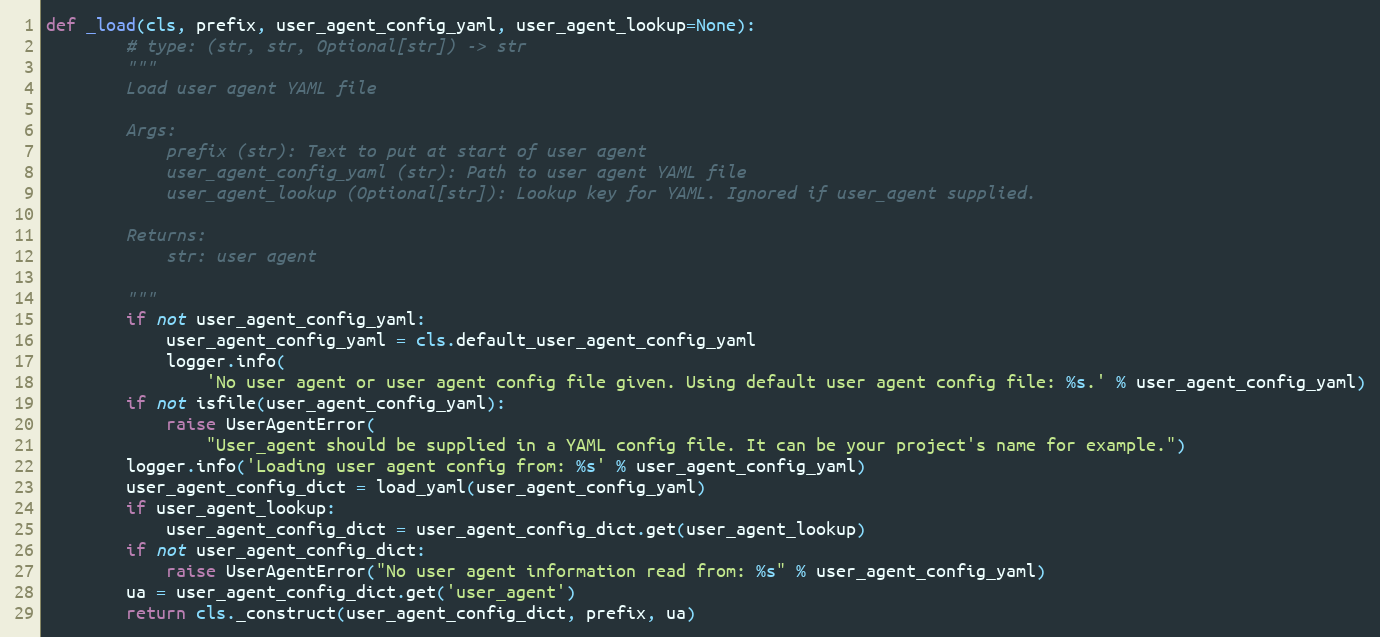
Language: Python
def _load(cls, prefix, user_agent_config_yaml, user_agent_lookup=None):
        # type: (str, str, Optional[str]) -> str
        """
        Load user agent YAML file

        Args:
            prefix (str): Text to put at start of user agent
            user_agent_config_yaml (str): Path to user agent YAML file
            user_agent_lookup (Optional[str]): Lookup key for YAML. Ignored if user_agent supplied.

        Returns:
            str: user agent

        """
        if not user_agent_config_yaml:
            user_agent_config_yaml = cls.default_user_agent_config_yaml
            logger.info(
                'No user agent or user agent config file given. Using default user agent config file: %s.' % user_agent_config_yaml)
        if not isfile(user_agent_config_yaml):
            raise UserAgentError(
                "User_agent should be supplied in a YAML config file. It can be your project's name for example.")
        logger.info('Loading user agent config from: %s' % user_agent_config_yaml)
        user_agent_config_dict = load_yaml(user_agent_config_yaml)
        if user_agent_lookup:
            user_agent_config_dict = user_agent_config_dict.get(user_agent_lookup)
        if not user_agent_config_dict:
            raise UserAgentError("No user agent information read from: %s" % user_agent_config_yaml)
        ua = user_agent_config_dict.get('user_agent')
        return cls._construct(user_agent_config_dict, prefix, ua)